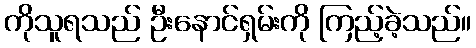
ကိုသူရသည် ဦးနောင်ရှမ်းကို ကြည့်ခဲ့သည်။